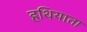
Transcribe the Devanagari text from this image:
हथियाता